65_HS1-834228961_62-HQ-83894_Section_4
Agency: FBI
Page 38
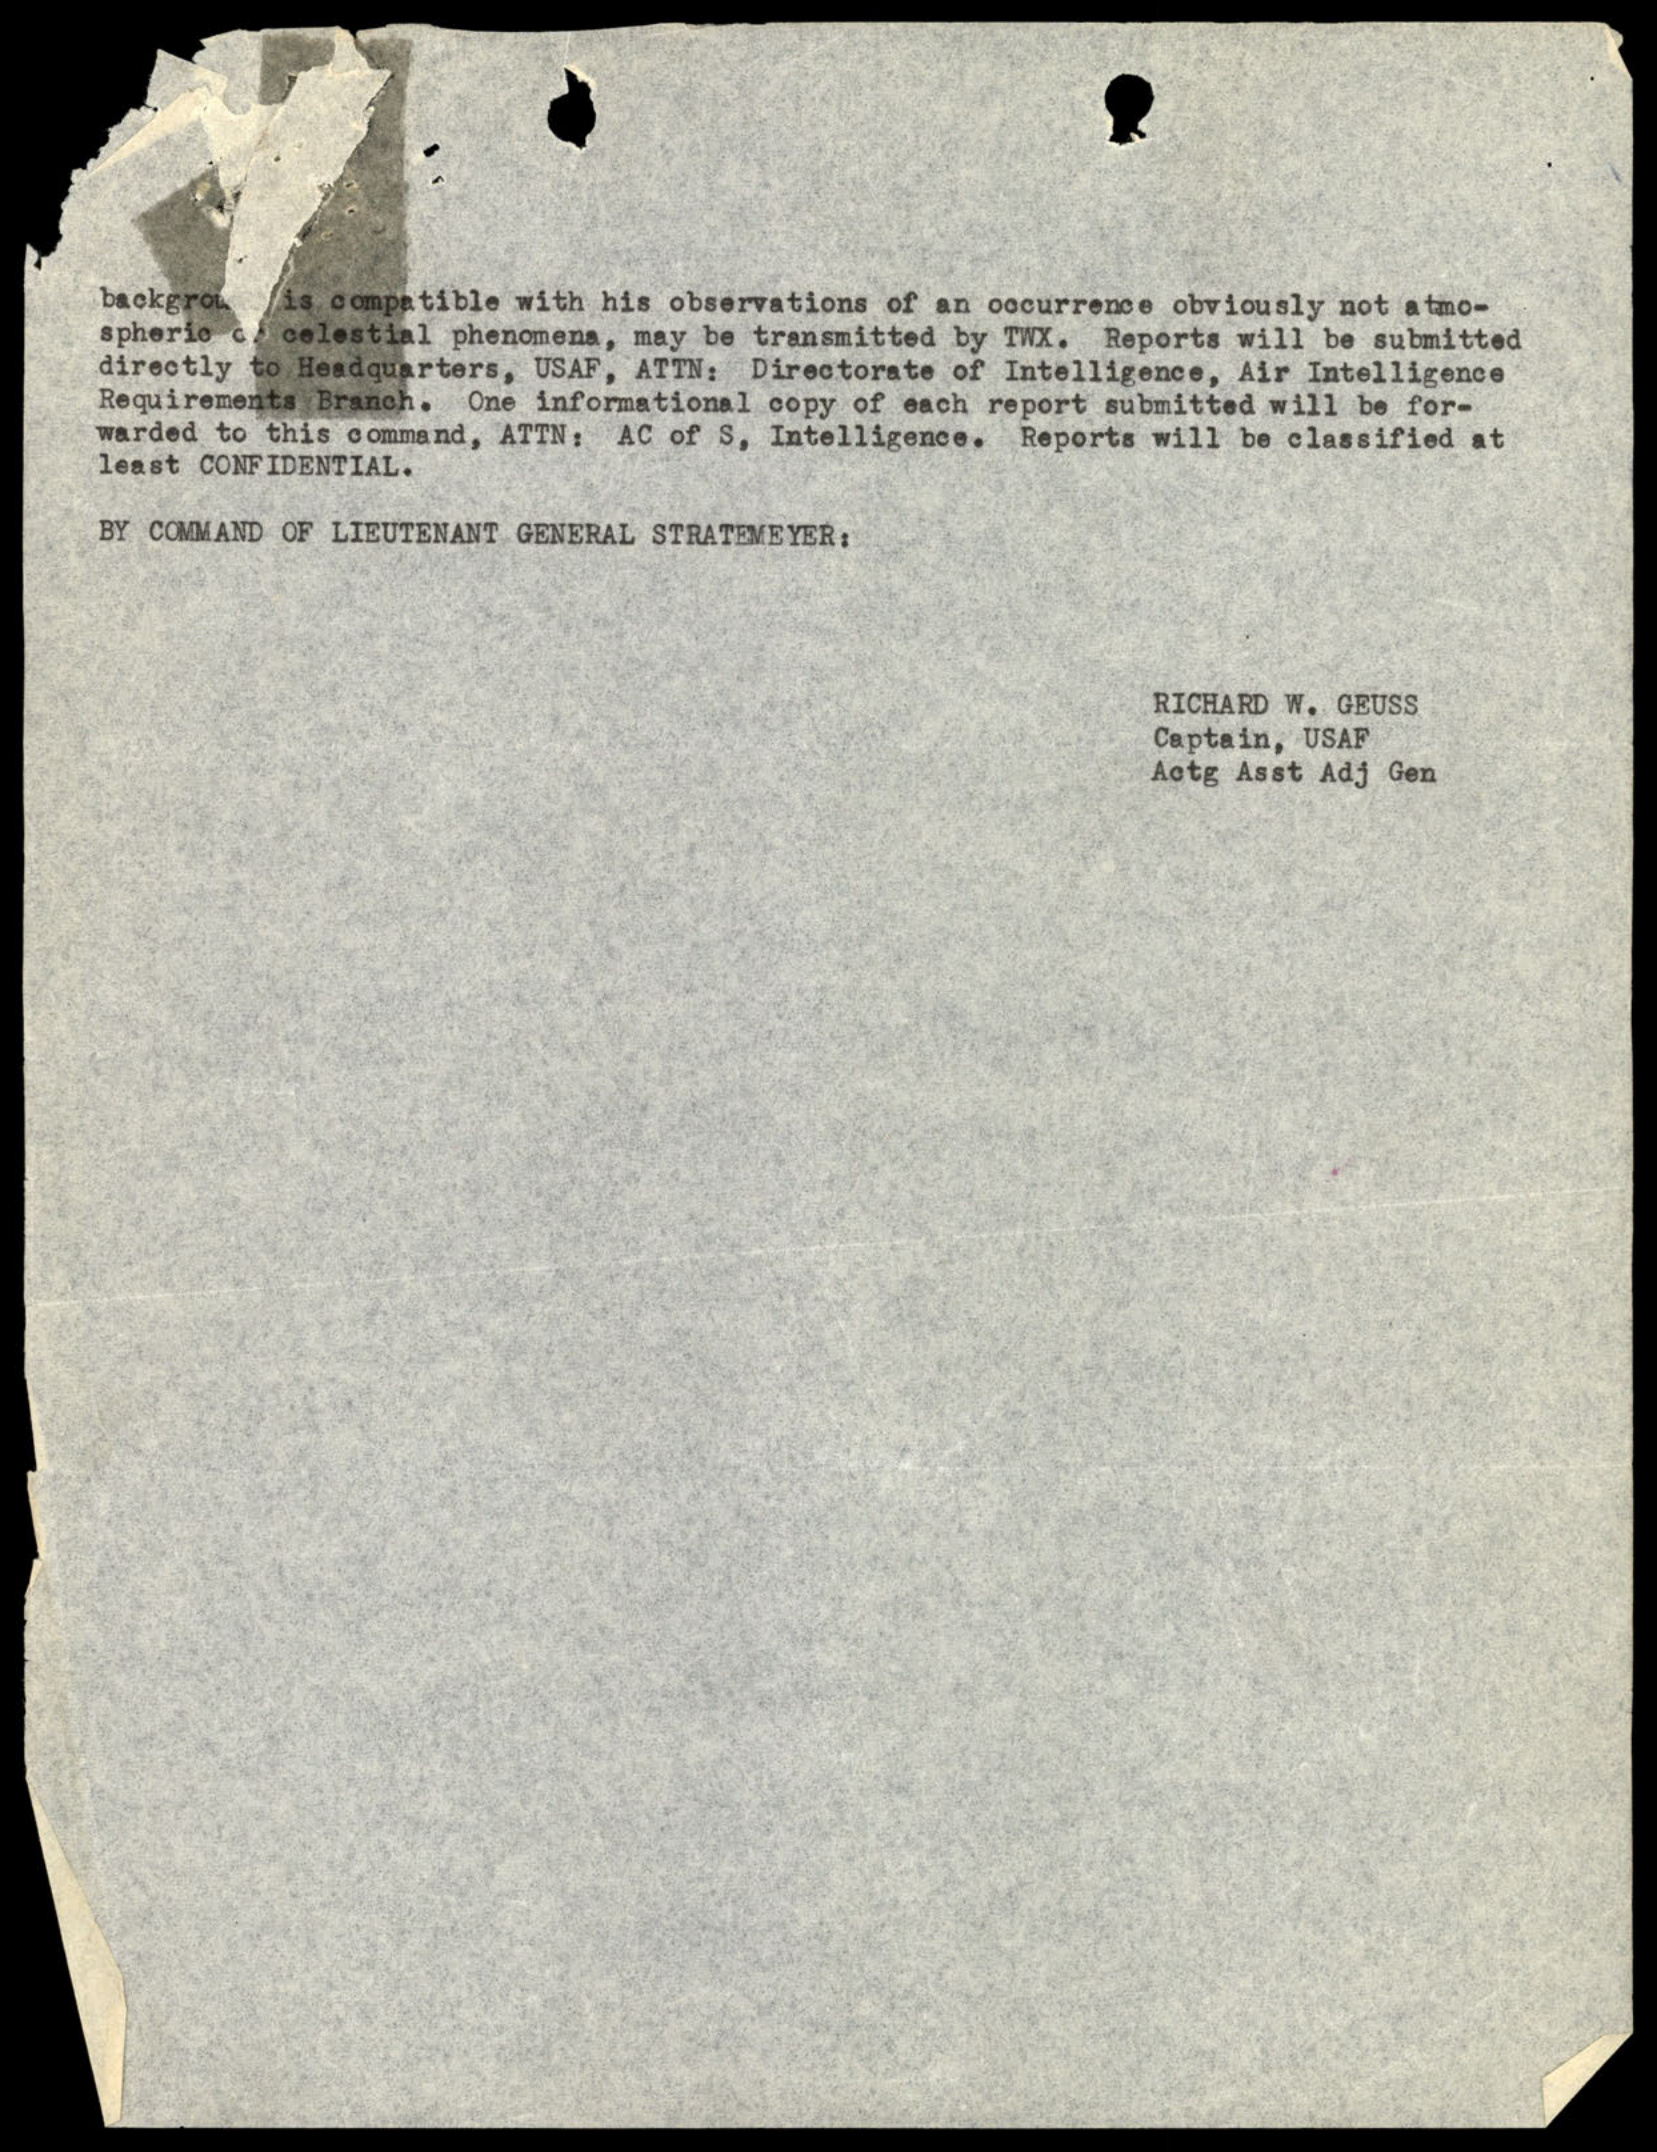